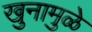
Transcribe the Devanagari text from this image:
खुनामुळे